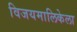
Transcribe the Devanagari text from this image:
विजयमालिकेला